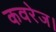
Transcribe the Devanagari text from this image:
कवरेज।